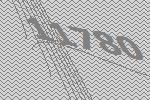
11780